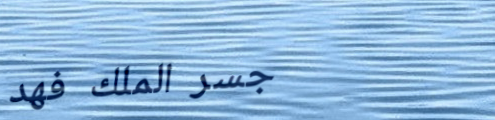
جسر الملك فهد